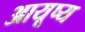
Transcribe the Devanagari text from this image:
आयूष्य